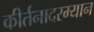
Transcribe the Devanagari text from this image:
कीर्तनादरम्यान